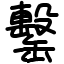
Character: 罊